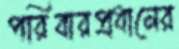
পরিবারপ্রধানের